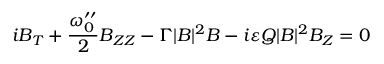
i B _ { T } + \frac { \omega _ { 0 } ^ { \prime \prime } } { 2 } B _ { Z Z } - \Gamma | B | ^ { 2 } B - i \varepsilon Q | B | ^ { 2 } B _ { Z } = 0